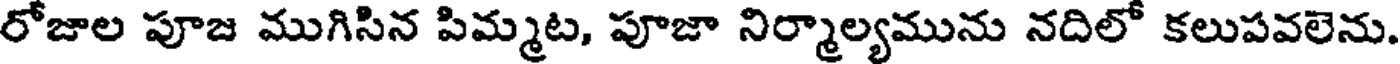
రోజాల పూజ ముగిసిన పిమ్మట, పూజా నిర్మాల్యమును నదిలో కలుపవలెను.